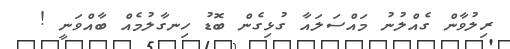
ރިލުވާން ގެއްލުނު މައްސަލައާ ގުޅިގެން ބޮޑު ހިނގާލުމެއް ބާއްވަނީ !